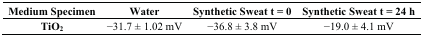
| Medium Specimen | Water | Synthetic Sweat t = 0 | Synthetic Sweat t = 24 h |
 | --- | --- | --- | --- |
 | TiO2 | −31.7 ± 1.02 mV | −36.8 ± 3.8 mV | −19.0 ± 4.1 mV |